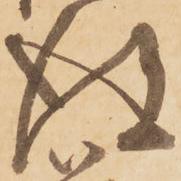
得